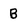
Character: B